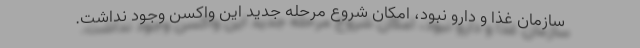
سازمان غذا و دارو نبود، امکان شروع مرحله جدید این واکسن وجود نداشت.